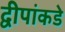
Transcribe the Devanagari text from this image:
द्वीपांकडे